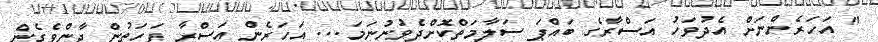
" އަހަރެންނަށް އެދުވަހު އަސްރާގެ ބައްޕަ ސަލާމަތްކޮށްދެވުނުނަމަ... އަހަރެން އަސްރާ ފަހަތުން ދާންވެގެން